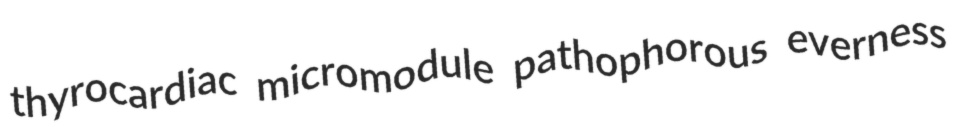
thyrocardiac micromodule pathophorous everness